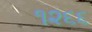
૧૨૬૬